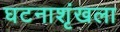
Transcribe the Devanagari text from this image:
घटनाशृंखला